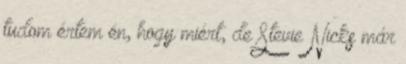
tudom értem én, hogy miért, de Stevie Nicks már